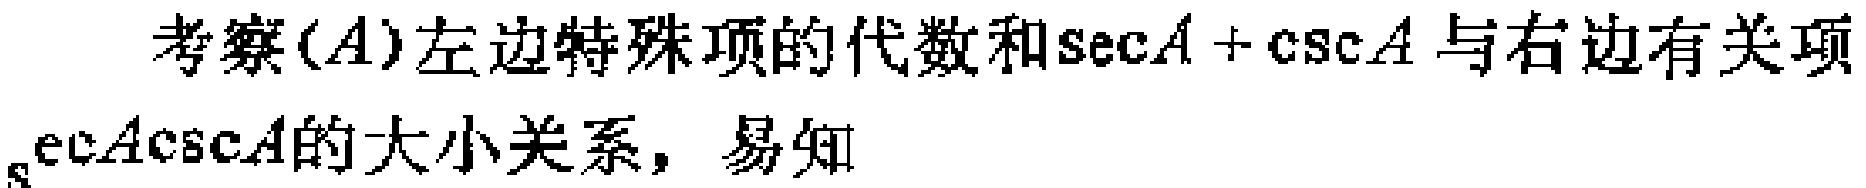
考察\((A)\)左边特殊项的代数和\(\sec A+\csc A\)与右边有关项\(\sec A\csc A\)的大小关系，易知